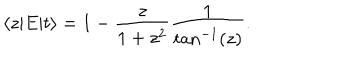
\langle z | E | t \rangle = 1 - \frac { z } { 1 + z ^ { 2 } } \frac { 1 } { \tan ^ { - 1 } ( z ) } .